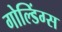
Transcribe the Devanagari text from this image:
गोल्डिंग्स